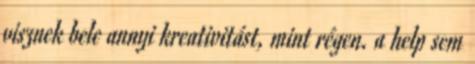
visznek bele annyi kreativitást, mint régen. a help sem